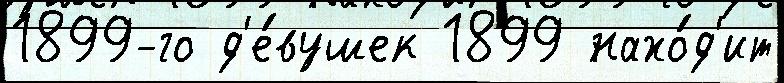
1899-го д'е́вушек 1899 нахо́д'ит